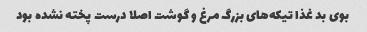
بوی بد غذا تیکه‌های بزرگ مرغ و گوشت اصلا درست پخته نشده بود